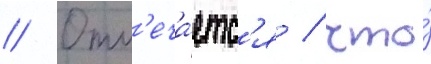
// Отм'еча́етс'я / что́